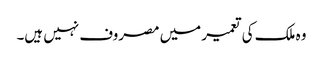
وہ ملک کی تعمیر میں مصروف نہیں ہیں۔